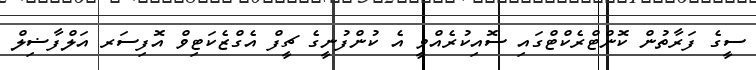
ސީގެ ފަރާތުން ކޮންޓްރެކްޓްގައި ސޮއިކުރެއްވީ އެ ކުންފުނީގެ ޗީފް އެގްޒެކަޓިވް އޮފިސަރ އަލްފާޟިލް